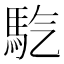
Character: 𩡹